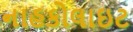
નાહકોલાઇટ